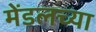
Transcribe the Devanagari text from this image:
मेंडलच्या